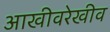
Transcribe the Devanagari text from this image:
आखीवरेखीव